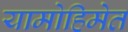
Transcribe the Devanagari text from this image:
यामोहिमेत